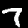
Digit: 7